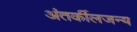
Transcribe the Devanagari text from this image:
अंतर्कीलजन्य